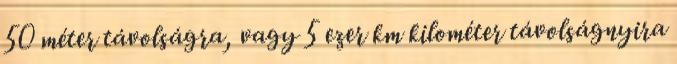
50 méter távolságra, vagy 5 ezer km kilométer távolságnyira